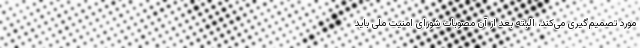
مورد تصمیم‌گیری می‌کند، البته بعد از آن مصوبات شورای امنیت ملی باید